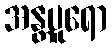
အန္တပူရော